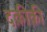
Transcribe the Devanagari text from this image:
दक़ीक़ी